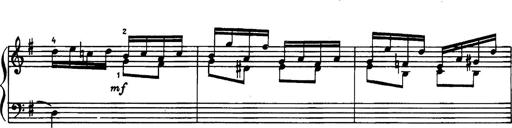
Title: 34 Keyboard Sonatinas
Composer: Georg Benda